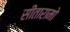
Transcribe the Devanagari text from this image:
सीतारामो